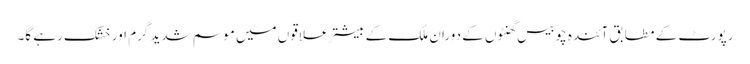
رپورٹ کے مطابق آئندہ چوبیس گھنٹوں کے دوران ملک کے بیشتر علاقوں میں موسم شدید گرم اور خشک رہے گا۔